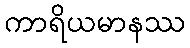
ကာရိယမာနဿ